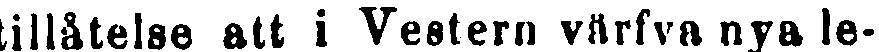
tillåtelse att i Vestern vrtrfva nya le-